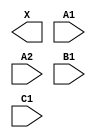
module sky130_fd_sc_ms__a211o (
    X ,
    A1,
    A2,
    B1,
    C1
);

    output X ;
    input  A1;
    input  A2;
    input  B1;
    input  C1;

    // Voltage supply signals
    supply1 VPWR;
    supply0 VGND;
    supply1 VPB ;
    supply0 VNB ;

endmodule